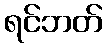
ရင်ဘတ်